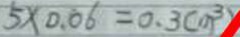
5 \times 0 . 0 6 = 0 . 3 ( m ^ { 3 } )